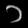
Digit: ၁